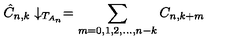
\hat { C } _ { n , k } \downarrow _ { T _ { A _ { n } } } = \sum _ { m = 0 , 1 , 2 , . . . , n - k } C _ { n , k + m }